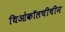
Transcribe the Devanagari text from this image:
थिओकॉलचीचीन